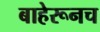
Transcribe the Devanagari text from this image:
बाहेरूनच